Vaccination Hyderabad 1872-1889 - 1872-1889
Year: 1872
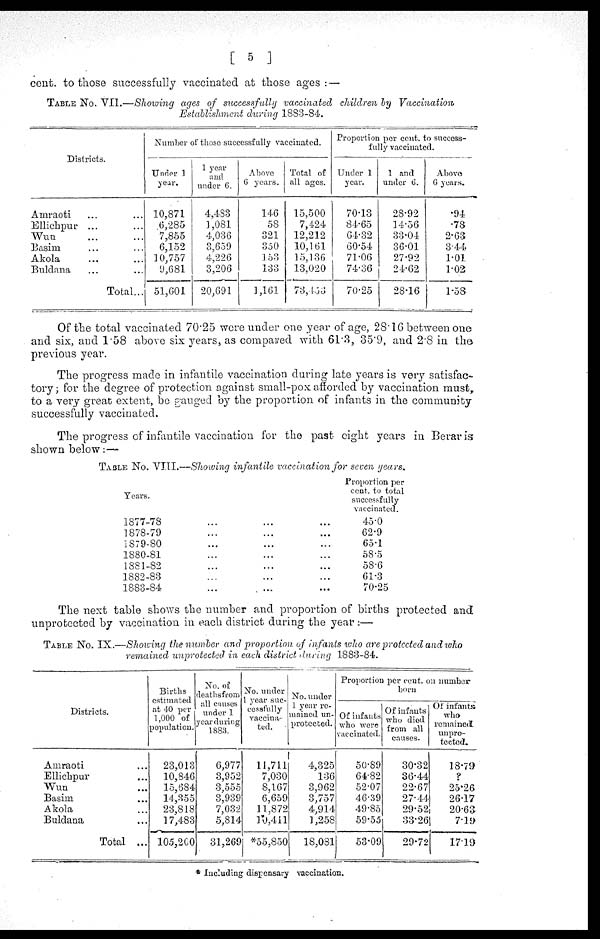
[ 5 ]
cent. to those successfully vaccinated at those ages : —
TABLE No. VII.—Showing ages of successfully vaccinated children by Vaccination
Establishment during 1883-84.
Districts.
Amraoti ... ...
Ellichpur ... ...
Wun ... ...
Basim ... ...
Akola ... ...
Buldana ... ...
Total...
Number of those successfully vaccinated.
Under 1
year.
10,871
6,285
7,855
6,152
10,757
9,681
51,601
1 year
and
under 6.
4,483
1,081
4,036
3,659
4,226
3,206
20,691
Above
6 years.
146
58
321
350
153
133
1,161
Total of
all ages.
15,500
7,424
12,212
10,161
15,136
13,020
73,453
Proportion per cent.to success-
fully vaccinated.
Under 1
year.
70.13
84.65
64.32
60.54
71.06
74.36
70.25
1 and
under 6.
28.92
14.56
33.04
36.01
27.92
24.62
28.16
Above
6 years.
.94
.78
2.63
3.44
1.01
1.02
1.58
Of the total vaccinated 70.25 were under one year of age, 28.16 between one
and six, and 1.58 above six years, as compared with 61.3, 35.9, and 2.8 in the
previous year.
The progress made in infantile vaccination during late years is very satisfac-
tory ; for the degree of protection against small-pox afforded by vaccination must,
to a very great extent, be gauged by the proportion of infants in the community
successfully vaccinated.
The progress of infantile vaccination for the past eight years in Berar is
shown below:—
TABLE No. VIII.—Showing infantile vaccination for seven years.
Years.
1877-78... ... ...
1878-79 ... ... ...
1879-80 ... ... ...
1880-81 ... ... ...
1881-82 ... ... ...
1882-83 ... ... ...
1883-84 ... ... ...
Proportion per
cent. to total
successfully
vaccinated.
45.0
62.9
65.1
58.5
58.6
61.3
70.25
The next table shows the number and proportion of births protected and
unprotected by vaccination in each district during the year:—
TABLE No. IX.—Showing the number and proportion of infants who are protected and who
remained unprotected in each district during 1883-84.
Districts.
Amraoti ...
Ellichpur ...
Wun ...
Basim ...
Akola ...
Buldana ...
Total ...
Births
estimated
at 40 per
1,000 of
population.
23,013
10,846
15,684
14,355
23,818
17,483
105,200
No. of
deaths from
all causes
under 1
year during
1883.
6,977
3,952
3,555
3,939
7,032
5,814
31,269
No. under
1 year suc-
cessfully
vaccina-
ted.
11,711
7,030
8,167
6,659
11,872
10,411
*55,850
No. under
1 year re-
mained un-
protected.
4,325
136
3,962
3,757
4,914
1,258
18,081
Proportion per cent. on number
born
Of infants
who were
vaccinated.
50.89
64.82
52.07
46.39
49.85
59.55
53.09
Of infants
who died
from all
causes.
30.32
36.44
22.67
27.44
29.52
33.26
29.72
Of infants
who
remained
unpro-
tected.
18.79
?
25.26
26.17
20.63
7.19
17.19
* Including dispensary vaccination.